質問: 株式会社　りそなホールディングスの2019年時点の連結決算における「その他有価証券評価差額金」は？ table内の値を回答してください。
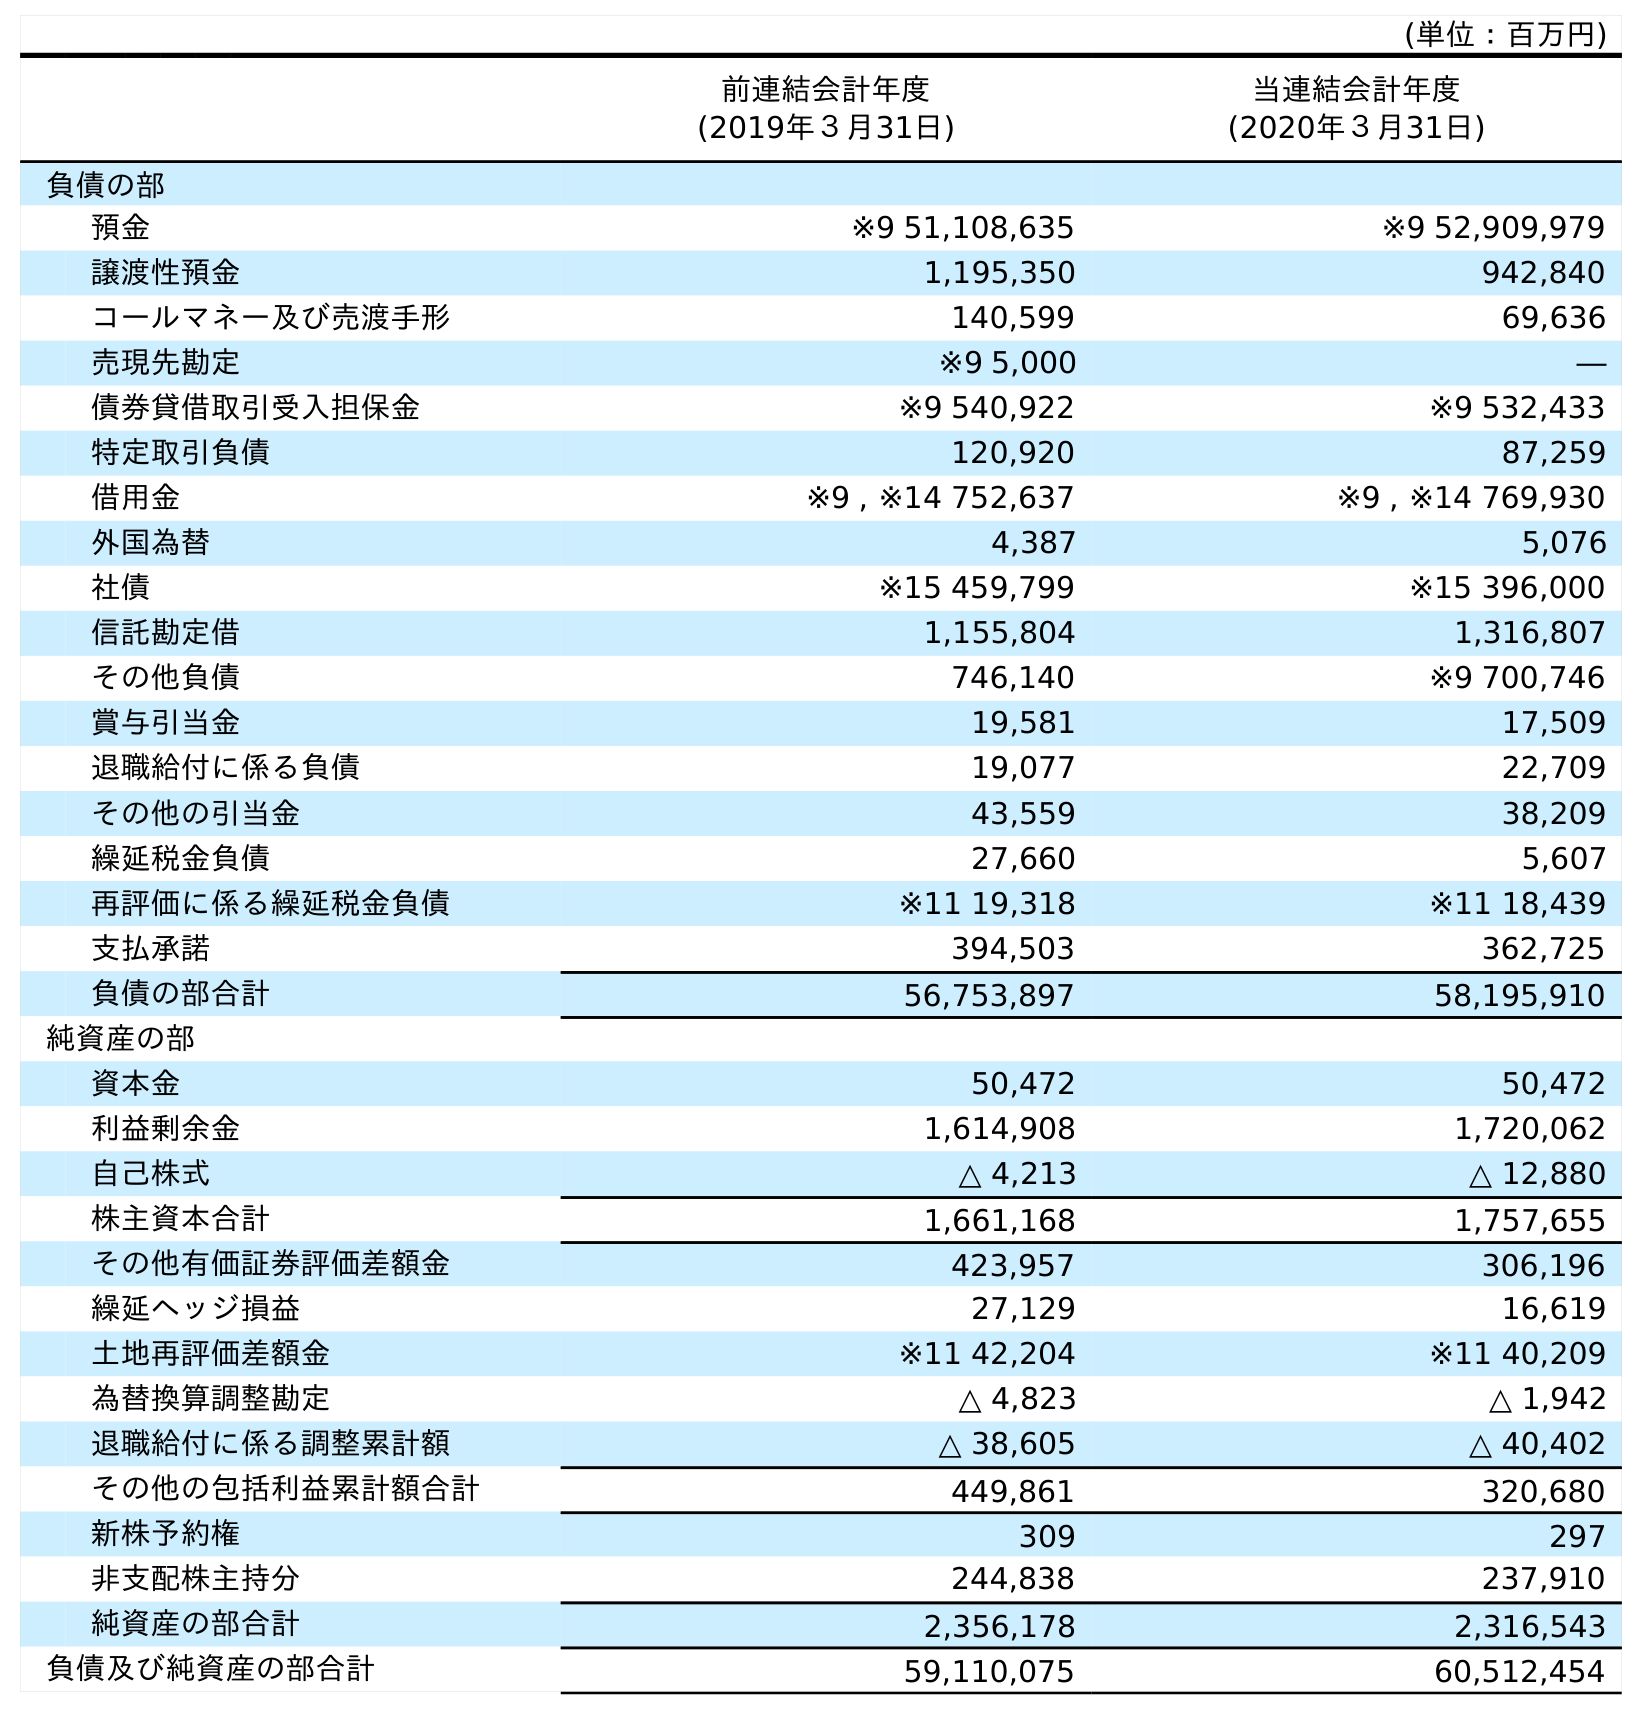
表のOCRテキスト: (単位：百万円) 前連結会計年度 (2019年３月31日) 当連結会計年度 (2020年３月31日) 負債の部 預金 ※9 51,108,635 ※9 52,909,979 譲渡性預金 1,195,350 942,840 コールマネー及び売渡手形 140,599 69,636 売現先勘定 ※9 5,000 ― 債券貸借取引受入担保金 ※9 540,922 ※9 532,433 特定取引負債 120,920 87,259 借用金 ※9 , ※14 752,637 ※9 , ※14 769,930 外国為替 4,387 5,076 社債 ※15 459,799 ※15 396,000 信託勘定借 1,155,804 1,316,807 その他負債 746,140 ※9 700,746 賞与引当金 19,581 17,509 退職給付に係る負債 19,077 22,709 その他の引当金 43,559 38,209 繰延税金負債 27,660 5,607 再評価に係る繰延税金負債 ※11 19,318 ※11 18,439 支払承諾 394,503 362,725 負債の部合計 56,753,897 58,195,910 純資産の部 資本金 50,472 50,472 利益剰余金 1,614,908 1,720,062 自己株式 △ 4,213 △ 12,880 株主資本合計 1,661,168 1,757,655 その他有価証券評価差額金 423,957 306,196 繰延ヘッジ損益 27,129 16,619 土地再評価差額金 ※11 42,204 ※11 40,209 為替換算調整勘定 △ 4,823 △ 1,942 退職給付に係る調整累計額 △ 38,605 △ 40,402 その他の包括利益累計額合計 449,861 320,680 新株予約権 309 297 非支配株主持分 244,838 237,910 純資産の部合計 2,356,178 2,316,543 負債及び純資産の部合計 59,110,075 60,512,454
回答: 423,957